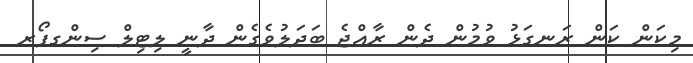
މިކަން ކަން ރަނގަޅު ވުމުން ދެން ރާއްޖެ ބަދަލުވެގެން ދާނީ ލިޓިލް ސިންގޕޯރ